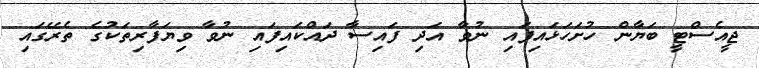
ޖީއެސްޓީ ބަޔާން ހުށަހަޅައިފައި ނުވާ އަދި ފައިސާ ދައްކައިފައި ނުވާ ވިޔަފާރިތަކުގެ ތެރޭގައި